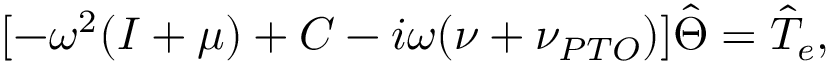
[ - \omega ^ { 2 } ( I + \mu ) + C - i \omega ( \nu + \nu _ { P T O } ) ] \hat { \Theta } = \hat { T } _ { e } ,